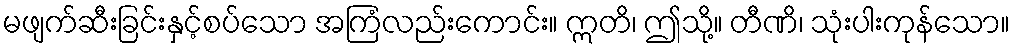
မဖျက်ဆီးခြင်းနှင့်စပ်သော အကြံလည်းကောင်း။ ဣတိ၊ ဤသို့။ တီဏိ၊ သုံးပါးကုန်သော။